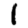
Digit: 1